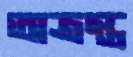
অত্রস্ত